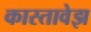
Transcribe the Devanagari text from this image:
कास्तावेझ